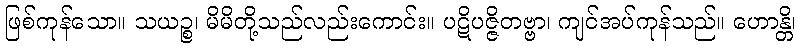
ဖြစ်ကုန်သော။ သယဉ္စ၊ မိမိတို့သည်လည်းကောင်း။ ပဋိပဇ္ဇိတဗ္ဗာ၊ ကျင်အပ်ကုန်သည်။ ဟောန္တိ၊